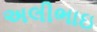
અલીભાઇ